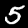
Digit: 5